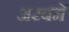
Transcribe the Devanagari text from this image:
अरबमें